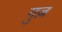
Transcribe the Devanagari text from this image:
गुज़